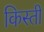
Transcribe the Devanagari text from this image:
किस्‍ती